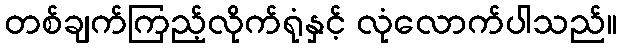
တစ်ချက်ကြည့်လိုက်ရုံနှင့် လုံလောက်ပါသည်။